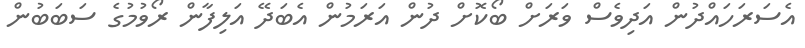
އެސަރަހައްދުން އަދިވެސް ވަރަށް ބޯކޮށް ދުން އަރަމުން އެބަދޭ އަލިފާން ރޯވުމުގެ ސަބަބުން